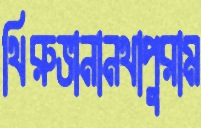
থিরুভানানথাপুরাম